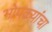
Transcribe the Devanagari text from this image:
भोपळ्यांचा